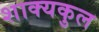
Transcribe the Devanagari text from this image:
शाक्यकुल